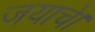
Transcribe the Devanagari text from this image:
जयाचे।